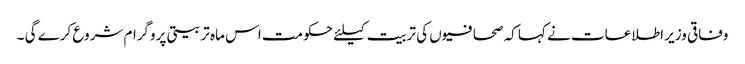
وفاقی وزیر اطلاعات نے کہا کہ صحافیوں کی تربیت کیلئے حکومت اس ماہ تربیتی پروگرام شروع کرے گی ۔